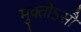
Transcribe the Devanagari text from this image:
मुक्तोऽसौ